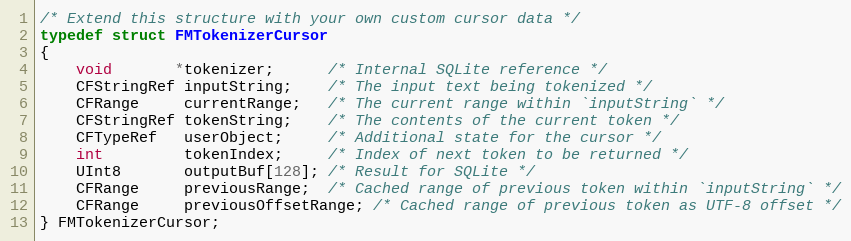
Language: C
/* Extend this structure with your own custom cursor data */
typedef struct FMTokenizerCursor
{
    void       *tokenizer;      /* Internal SQLite reference */
    CFStringRef inputString;    /* The input text being tokenized */
    CFRange     currentRange;   /* The current range within `inputString` */
    CFStringRef tokenString;    /* The contents of the current token */
    CFTypeRef   userObject;     /* Additional state for the cursor */
    int         tokenIndex;     /* Index of next token to be returned */
    UInt8       outputBuf[128]; /* Result for SQLite */
    CFRange     previousRange;  /* Cached range of previous token within `inputString` */
    CFRange     previousOffsetRange; /* Cached range of previous token as UTF-8 offset */
} FMTokenizerCursor;